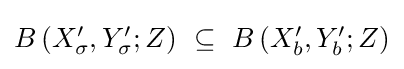
{\textstyle B\left(X_{\sigma }^{\prime },Y_{\sigma }^{\prime };Z\right)~\subseteq ~B\left(X_{b}^{\prime },Y_{b}^{\prime };Z\right)}